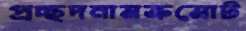
প্রচ্ছদনামক্রমোট